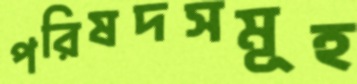
পরিষদসমূহ